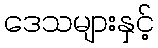
ဒေသများနှင့်